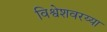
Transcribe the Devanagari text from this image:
विश्वेशवरय्या